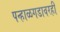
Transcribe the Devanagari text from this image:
पन्हाळगडावरही